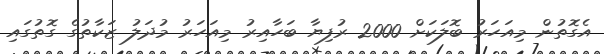
އެގޮތުން މިއަހަރު ބޮލަކަށް 2000 ރުފިޔާ ބަހާއިރު މިއަހަރު މުދަލު ޒަކާތުގެ ގޮތުގައި